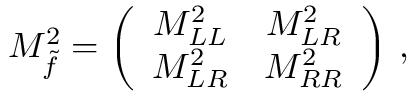
{ \cal M } _ { \tilde { f } } ^ { 2 } = \left( \begin{array} { c c } { { M _ { L L } ^ { 2 } } } & { { M _ { L R } ^ { 2 } } } \\ { { M _ { L R } ^ { 2 } } } & { { M _ { R R } ^ { 2 } } } \end{array} \right) \, ,